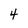
Character: 4